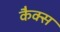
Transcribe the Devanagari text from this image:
कैक्स